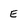
Character: E